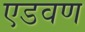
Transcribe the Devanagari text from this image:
एडवण